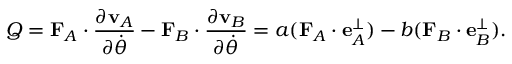
Q = \mathbf { F } _ { A } \cdot { \frac { \partial \mathbf { v } _ { A } } { \partial { \dot { \theta } } } } - \mathbf { F } _ { B } \cdot { \frac { \partial \mathbf { v } _ { B } } { \partial { \dot { \theta } } } } = a ( \mathbf { F } _ { A } \cdot \mathbf { e } _ { A } ^ { \perp } ) - b ( \mathbf { F } _ { B } \cdot \mathbf { e } _ { B } ^ { \perp } ) .